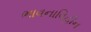
ભાવનાવિહીન